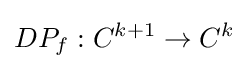
DP_{f}:C^{k+1}\to C^{k}